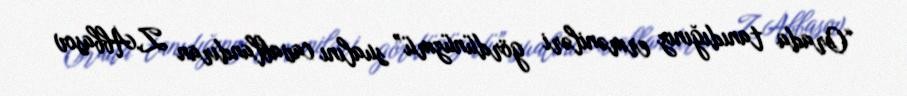
“Orada tanıdığınız erməniləri gördünüzmü” sualını cavablandıran Z.Abbasov